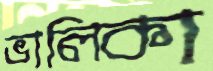
ভালিকা